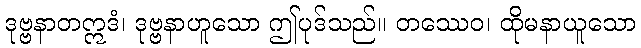
ဒုဗ္ဗနာတဣဒံ၊ ဒုဗ္ဗနာဟူသော ဤပုဒ်သည်။ တဿေဝ၊ ထိုမနာယူသော